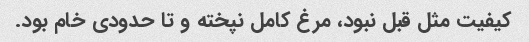
کیفیت مثل قبل نبود، مرغ کامل نپخته و تا حدودی خام بود.